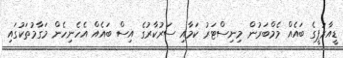
ޑީއާރުޕީގެ ބައެއް މެމްބަރުން މިނިސްޓަރު ކަމާއި ސަރުކާރުގެ އިސް ބައެއް އެހެނިހެން މަގާމުތަކުގައި